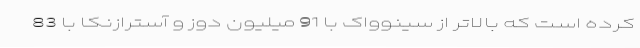
کرده است که بالاتر از سینوواک با 91 میلیون دوز و آسترازنکا با 83